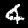
Digit: 4